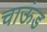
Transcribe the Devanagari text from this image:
चाऊंड